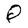
Character: Q